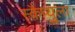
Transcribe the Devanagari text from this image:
स्कैप्युला